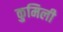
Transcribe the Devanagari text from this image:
कुमिली